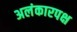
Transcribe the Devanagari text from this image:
अलंकारपक्ष